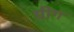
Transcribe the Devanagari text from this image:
ग्रीग